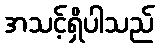
အသင့်ရှိပါသည်